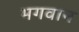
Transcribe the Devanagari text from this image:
भ्‍ागवान